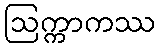
ဩက္ကာကဿ